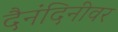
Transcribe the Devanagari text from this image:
दैनंदिनीवर